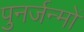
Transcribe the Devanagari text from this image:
पुनर्जन्मों